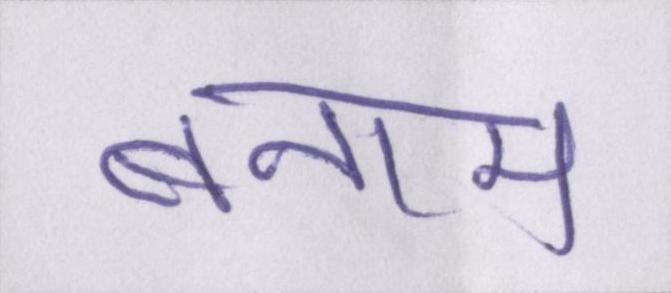
बनाम